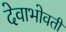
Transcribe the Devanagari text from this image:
देवाभोवती